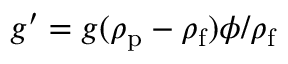
g ^ { \prime } = g ( \rho _ { \mathrm { p } } - \rho _ { \mathrm { f } } ) \phi / \rho _ { \mathrm { f } }